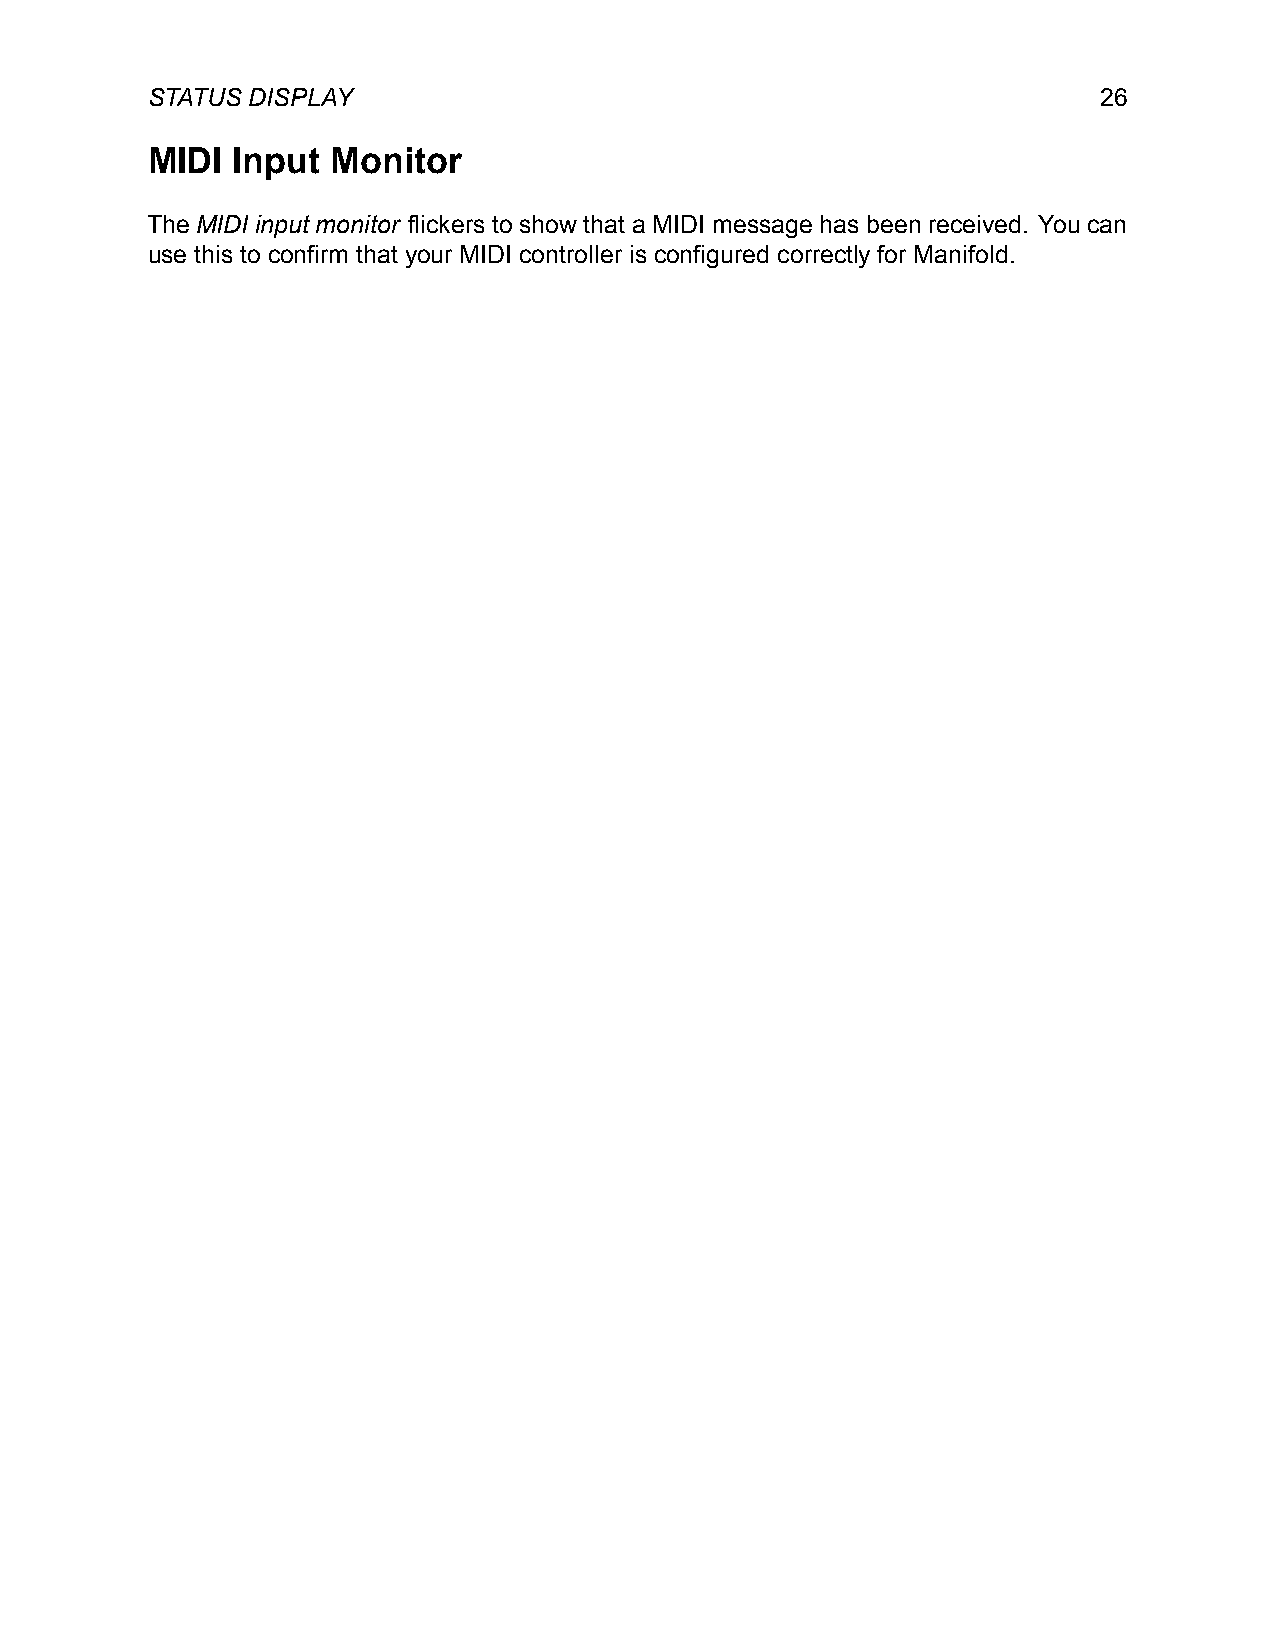
STATUS DISPLAY                                                 26
 MIDI Input  Monitor
 The MIDI input monitor flickers to show that a MIDI message has been received. You can
 use this to confirm that your MIDI controller is configured correctly for Manifold.